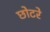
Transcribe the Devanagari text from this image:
छोटरे